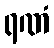
ရဏံ